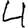
Digit: 4